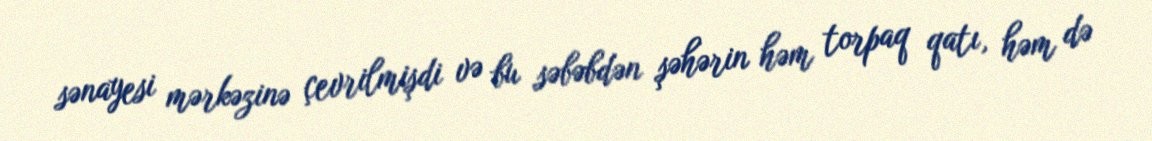
sənayesi mərkəzinə çevrilmişdi və bu səbəbdən şəhərin həm torpaq qatı, həm də